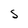
Character: S